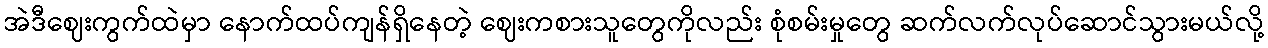
အဲဒီဈေးကွက်ထဲမှာ နောက်ထပ်ကျန်ရှိနေတဲ့ ဈေးကစားသူတွေကိုလည်း စုံစမ်းမှုတွေ ဆက်လက်လုပ်ဆောင်သွားမယ်လို့